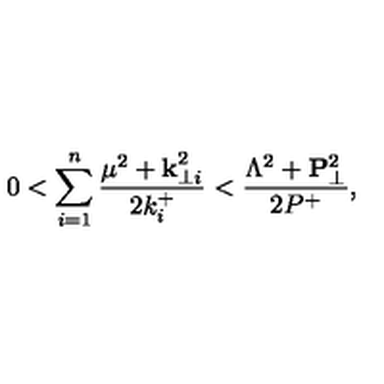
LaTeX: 0 < \sum _ { i = 1 } ^ { n } \frac { \mu ^ { 2 } + { \bf k } _ { \perp i } ^ { 2 } } { 2 k _ { i } ^ { + } } < \frac { \Lambda ^ { 2 } + { \bf P } _ { \perp } ^ { 2 } } { 2 P ^ { + } } ,